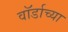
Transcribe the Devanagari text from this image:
वॉर्डाच्या